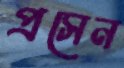
প্রসেন